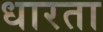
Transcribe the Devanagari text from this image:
धारता